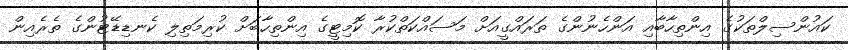
ކައުންސިލްތަކުގެ އިންތިހާބާއި އަންހެނުންގެ ތަރައްގީއަށް މަސައްކަތްކުރާ ކޮމިޓީގެ އިންތިހާބަށް ކުރިމަތިލި ކެނޑިޑޭޓުންގެ ތެރެއިން